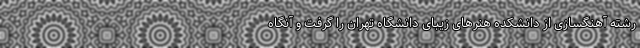
رشته آهنگسازی از دانشکده هنرهای زیبای دانشگاه تهران را گرفت و آنگاه